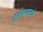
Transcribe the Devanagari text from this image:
तुर्कस्थानचे